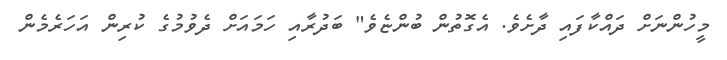
މީހުންނަށް ދައްކާފައި ދާށެވެ. އެގޮތުން ބުންޏެވެ" ބަދުރާއި ހަމައަށް ދެވުމުގެ ކުރިން އަހަރެމެން